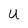
Character: U